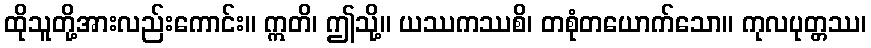
ထိုသူတို့အားလည်းကောင်း။ ဣတိ၊ ဤသို့။ ယဿကဿစိ၊ တစုံတယောက်သော။ ကုလပုတ္တဿ၊